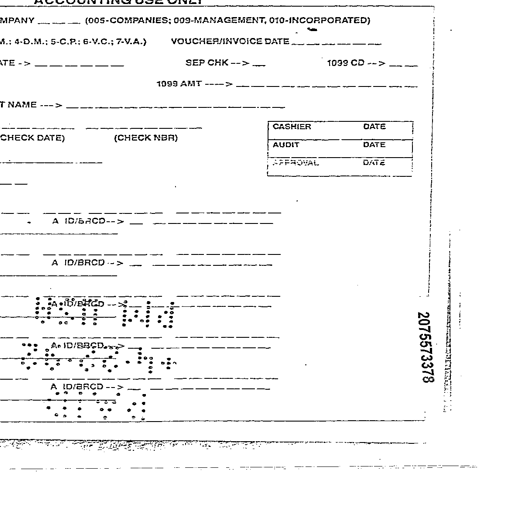
ACCOUNTING USE ONLY
MPANY ____ (005-COMPANIES; 009-MANAGEMENT, 010-INCORPORATED)
.; 4-D.M.; 5-C.P.; 6-V.C.; 7-V.A.) VOUCHER/INVOICE DATE __- __- __
ATE -> __ __ __ __ SEP CHK -> __ 1099 CD -> __
1099 AMT ---> __ __ __ __ __ __
NAME ---> __ __ __ __ __ __ __ __ __ __ __ __ __ __ __ __
__ __ __ __ __ __ __ __ __ __ __ __ __ __ __ __ CASHIER DATE
CHECK DATE) (CHECK NBR) AUDIT DATE
__ __ __ APPROVAL DATE
__ __ __ __ __ __ __ __ __ __ __ __ __ __ __ __
. A ID/BRCD -> __ __ __ __ __ __ __ __ __ __ __
__ __ __ __ __ __ __ __ __ __ __ __ __ __ __ __
A ID/BRCD -> __ __ __ __ __ __ __ __ __ __ __
__ __ __ __ __ __ __ __ __ __ __ __ __ __ __ __
A ID/BRCD -> __ __ __ __ __ __ __ __ __ __ __
__ __ __ __ __ __ __ __ __ __ __ __ __ __ __ __
A ID/BRCD -> __ __ __ __ __ __ __ __ __ __ __
__ __ __ __ __ __ __ __ __ __ __ __ __ __ __ __
A ID/BRCD -> __ __ __ __ __ __ __ __ __ __ __
2075573378